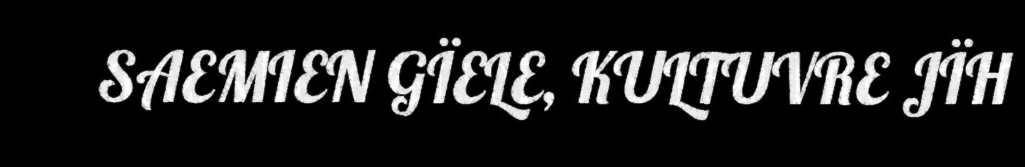
SAEMIEN GÏELE, KULTUVRE JÏH